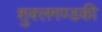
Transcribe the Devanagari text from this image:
शुक्लगण्डकी